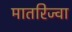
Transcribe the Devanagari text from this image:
मातरिज्वा